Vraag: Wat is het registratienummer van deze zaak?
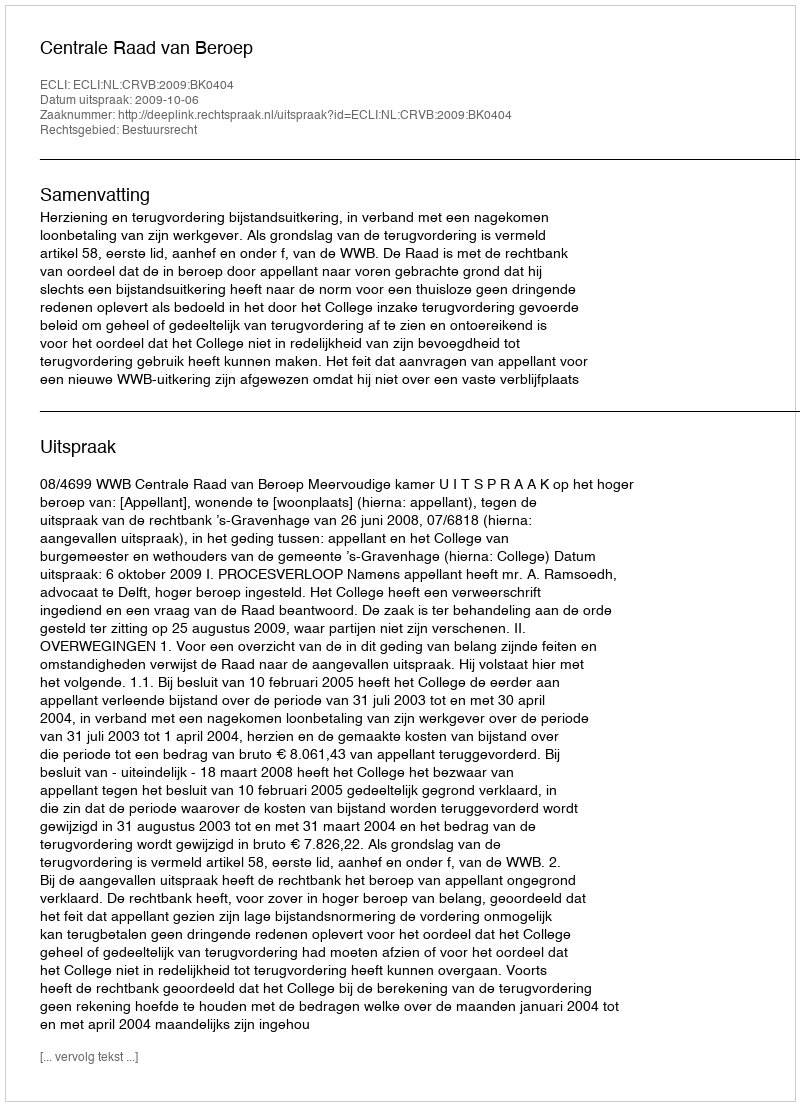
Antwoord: http://deeplink.rechtspraak.nl/uitspraak?id=ECLI:NL:CRVB:2009:BK0404